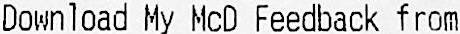
DOWNLOAD MY MCD FEEDBACK FROM